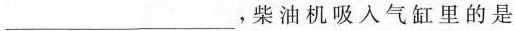
___，柴油机吸入气缸里的是